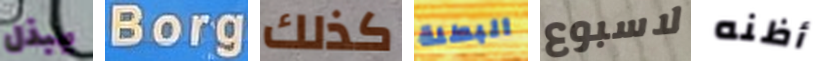
يبذل Borg كذلك البطلة لاسبوع أظنه